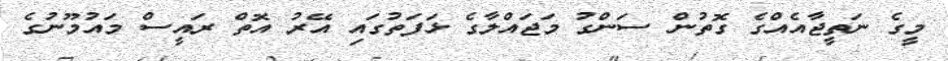
މީގެ ނަތީޖާއެއްގެ ގޮތުން ސަންގު މަޖައްލާގެ ޅަފަތުގައި އޭރު އޮތް ރައީސް މައުމޫނުގެ